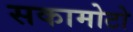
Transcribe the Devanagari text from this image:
सकामोटो